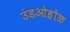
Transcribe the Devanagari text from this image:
उंडओहोळ